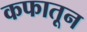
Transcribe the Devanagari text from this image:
कफातून